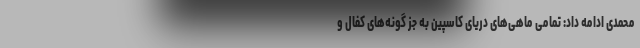
محمدی ادامه داد: تمامی ماهی‌های دریای کاسپین به جز گونه‌های کفال و